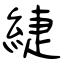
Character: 緁